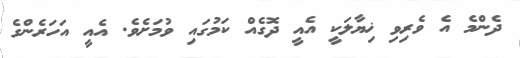
ދެންމެ އެ ވެރިވި ޚިޔާލަކީ އެއީ ދޮގެއް ކަމުގައި ވުމަށެވެ. އެއީ އަހަރެންގެ